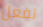
تفعل